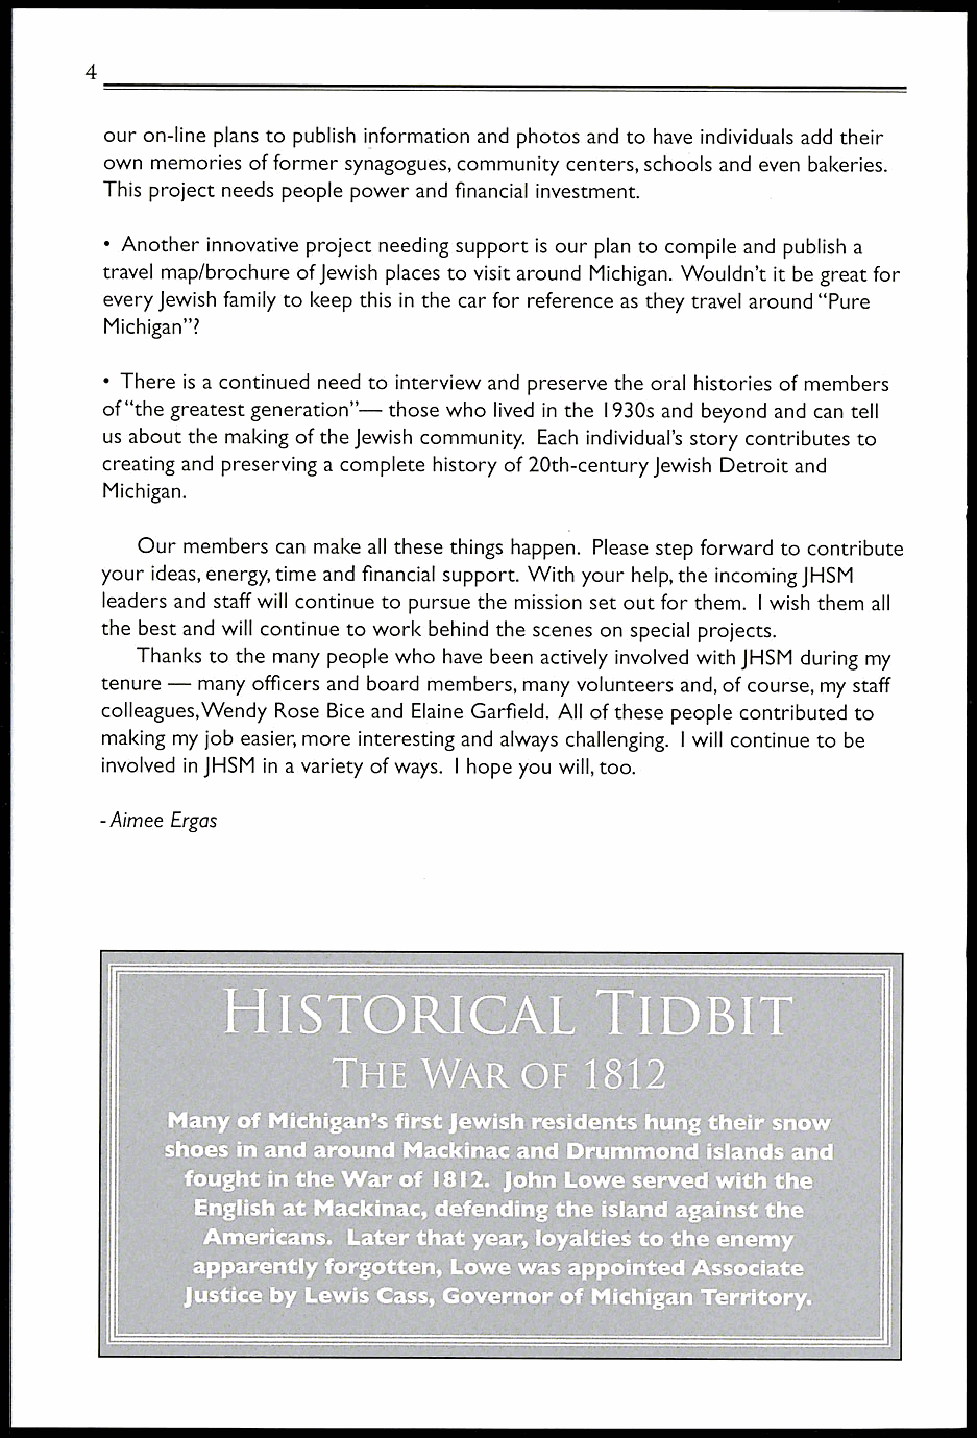
4
 our on-line plans to publish information and photos and to have individuals add their
 own memories of former synagogues, community centers, schools and even bakeries.
 This project needs people power and financial investment.
 • Another innovative project needing support is our plan to compile and publish a
 travel map/brochure of Jewish places to visit around Michigan. Wouldn't it be great for
 every Jewish family to keep this in the car for reference as they travel around "Pure
 Michigan"?
 • There is a continued need to interview and preserve the oral histories of members
 of "the greatest generation"— those who lived in the I 930s and beyond and can tell
 us about the making of the Jewish community. Each individual's story contributes to
 creating and preserving a complete history of 20th-century Jewish Detroit and
 Michigan.
 Our members can make all these things happen. Please step forward to contribute
 your ideas, energy, time and financial support. With your help, the incoming JHSM
 leaders and staff will continue to pursue the mission set out for them. I wish them all
 the best and will continue to work behind the scenes on special projects.
 Thanks to the many people who have been actively involved with JHSM during my
 tenure — many officers and board members, many volunteers and, of course, my staff
 colleagues,Wendy Rose Bice and Elaine Garfield. All of these people contributed to
 making my job easier, more interesting and always challenging. I will continue to be
 involved in JHSM in a variety of ways. I hope you will, too.
 -Aimee Ergas
 HISTORICAL              TIDBIT
 THE   WAR   OF  1812
 Many of Michigan's first Jewish residents hung their snow
 shoes in and around Mackinac and Drummond islands and
 fought in the War of 1812. John Lowe served with the
 English at Mackinac, defending the island against the
 Americans. Later that year, loyalties to the enemy
 apparently forgotten, Lowe was appointed Associate
 justice by Lewis Cass, Governor of Michigan Territory.